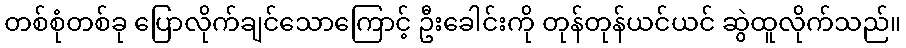
တစ်စုံတစ်ခု ပြောလိုက်ချင်သောကြောင့် ဦးခေါင်းကို တုန်တုန်ယင်ယင် ဆွဲထူလိုက်သည်။